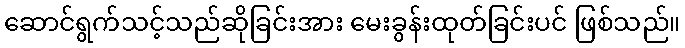
ဆောင်ရွက်သင့်သည်ဆိုခြင်းအား မေးခွန်းထုတ်ခြင်းပင် ဖြစ်သည်။